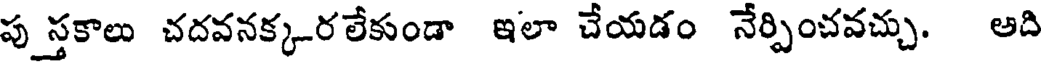
పుస్తకాలు చదవనక్కర లేకుండా ఇలా చేయడం నేర్పించవచ్చు. అది